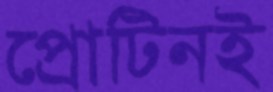
প্রোটিনই